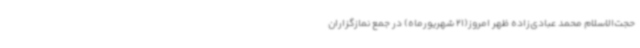
حجت‌الاسلام محمد عبادی‌زاده ظهر امروز(21 شهریورماه) در جمع نمازگزاران